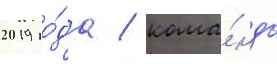
2019 го́да / кома́нда